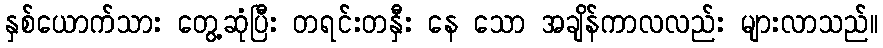
နှစ်ယောက်သား တွေ့ဆုံပြီး တရင်းတနှီး နေ သော အချိန်ကာလလည်း များလာသည်။